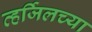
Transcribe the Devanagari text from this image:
व्हर्जिलच्या